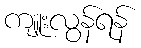
ကျူးလွန်ရန်